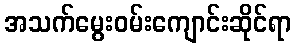
အသက်မွေးဝမ်းကျောင်းဆိုင်ရာ